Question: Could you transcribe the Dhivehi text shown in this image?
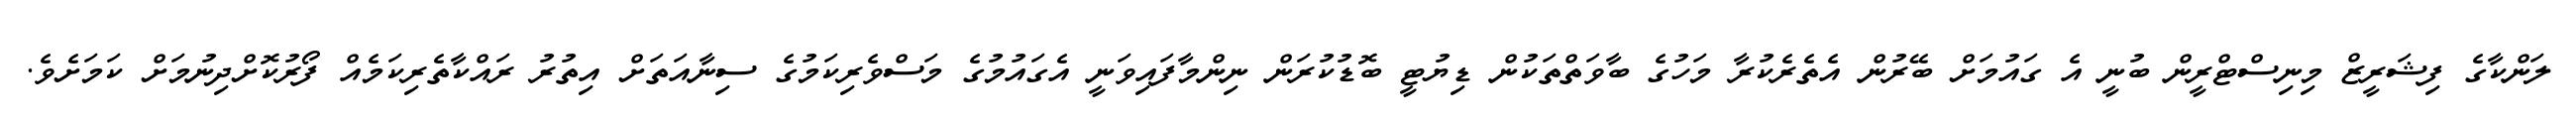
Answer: ލަންކާގެ ފިޝަރީޒް މިނިސްޓްރީން ބުނީ އެ ގައުމަށް ބޭރުން އެތެރެކުރާ މަހުގެ ބާވަތްތަކުން ޑިޔުޓީ ބޮޑުކުރަން ނިންމާފައިވަނީ އެގައުމުގެ މަސްވެރިކަމުގެ ސިނާއަތަށް އިތުރު ރައްކާތެރިކަމެއް ފޯރުކޮށްދިނުމަށް ކަމަށެވެ.